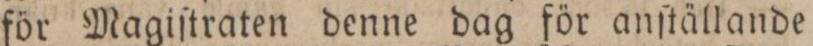
för Magiſtraten denne dag för anſtällande